38_143685_box7_Incident_Summaries_1-100
Agency: Department of War
Page 63
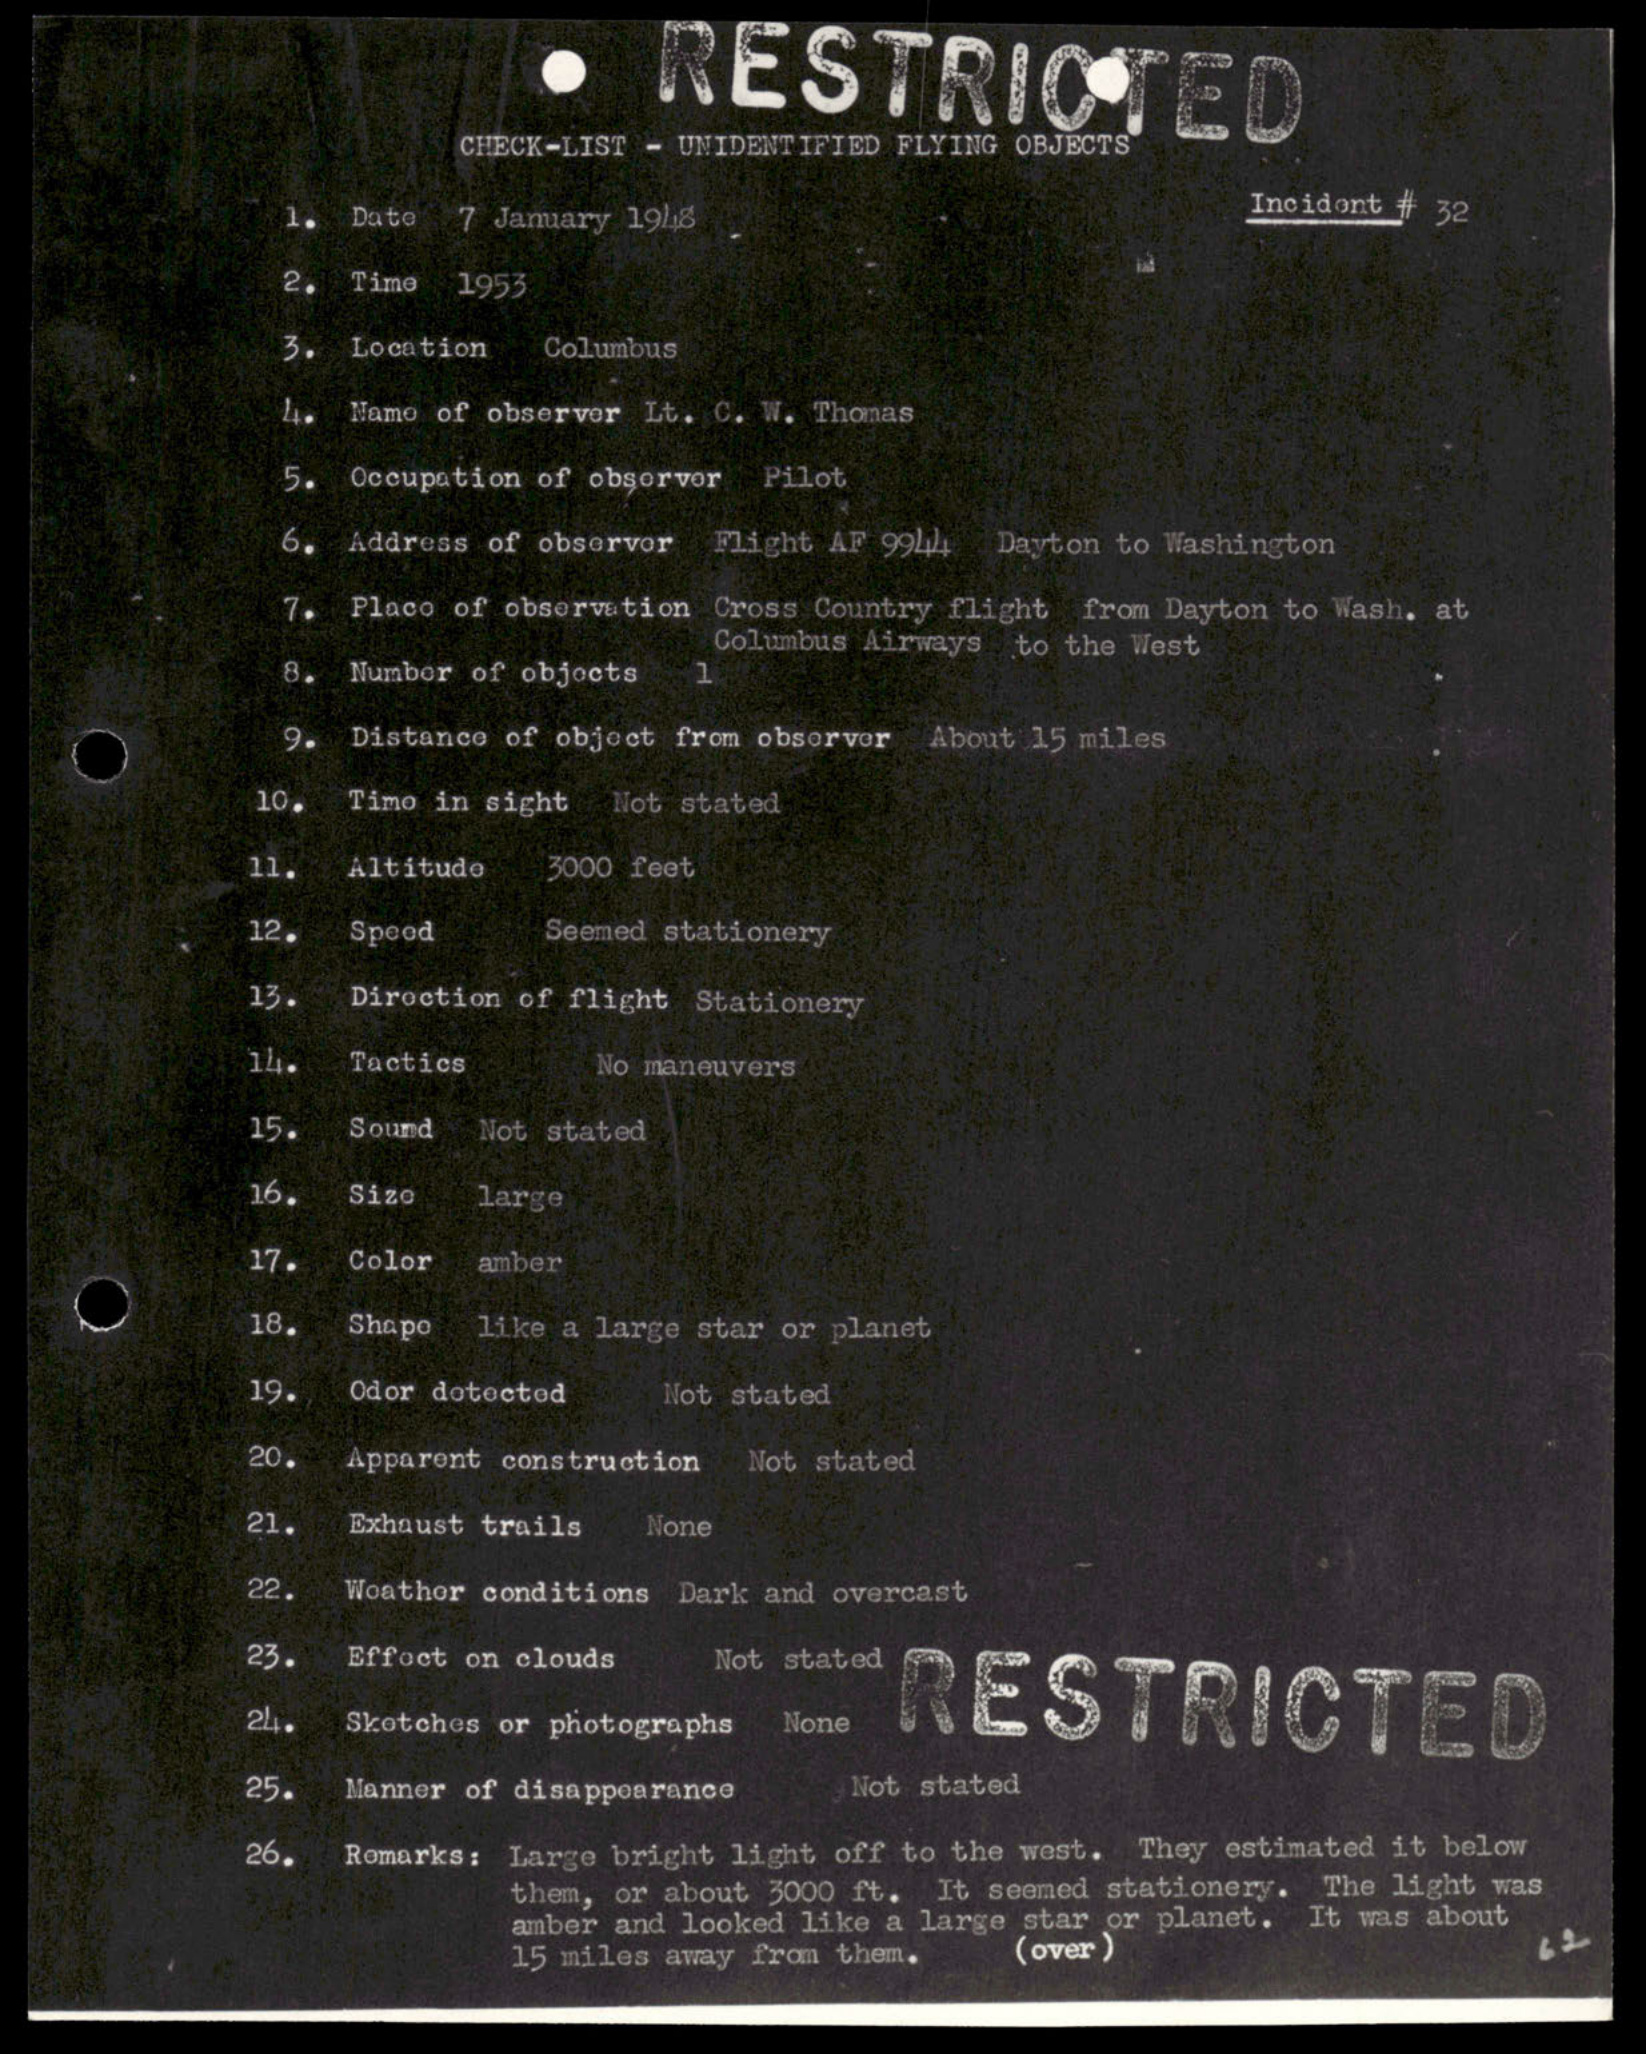